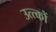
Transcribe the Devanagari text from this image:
उत्त्कों